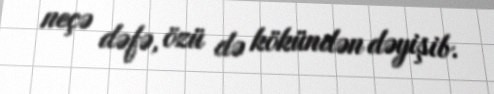
neçə dəfə, özü də kökündən dəyişib.